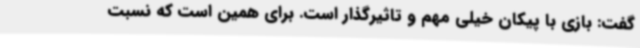
گفت: بازی با پیکان خیلی مهم و تاثیرگذار است. برای همین است که نسبت